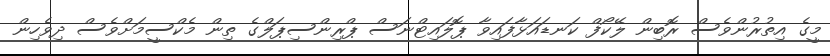
މީގެ އިތުރުންވެސް ރޮބިން ލޭކޯފް ކަނޑައަޅާފައިވާ ޕޮލައިޓްނަސް ޕްރިންސިޕަލްގެ ތިން މެކްސީމަށްވެސް ދިވެހިން